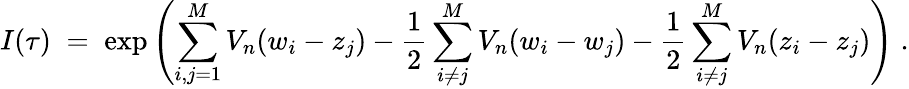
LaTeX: I(\tau)\; =\; \exp\left(\sum_{i,j=1}^{M}V_{n}(w_{i}-z_{j})-\frac{1}{2}\sum_{i\neq j}^{M}V_{n}(w_{i}-w_{j})-\frac{1}{2}\sum_{i\neq j}^{M}V_{n}(z_{i}-z_{j})\right)\; .